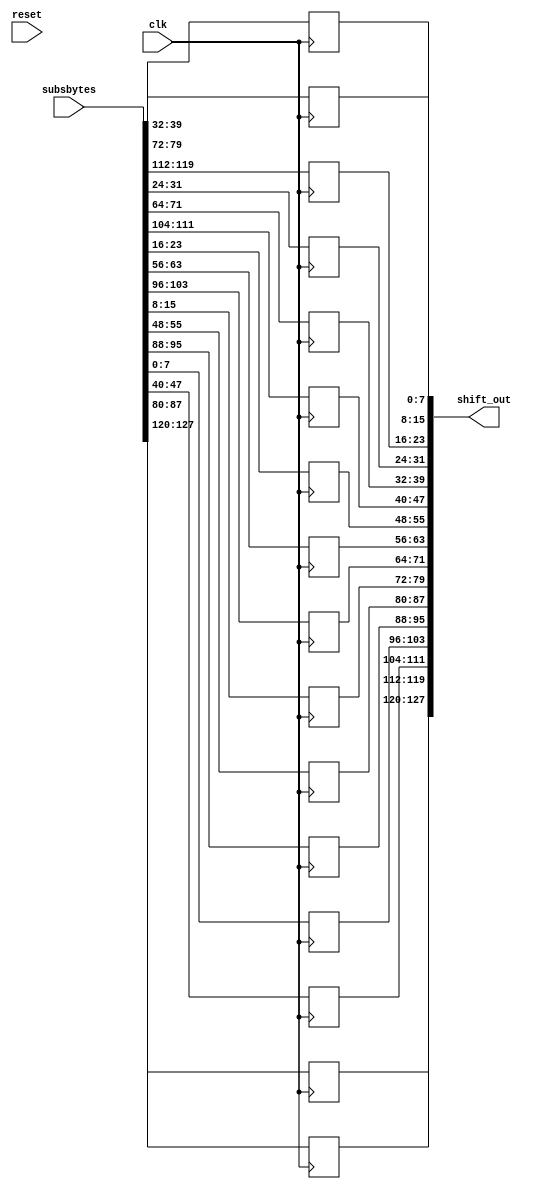
`timescale 1ns / 1ps
module shift_Rows(
    input [127:0] subsbytes,
    input clk,reset,
    output  [127:0] shift_out
    );
    wire[7:0]subsbytes_matrix[0:3][0:3];
    reg [7:0]shift_out_matrix[0:3][0:3];
    genvar i,k;
    generate 
            for(i=0;i<4;i=i+1)
            begin
                for(k=0;k<4;k=k+1)
                begin
                    assign subsbytes_matrix[k][i]=subsbytes[16*8-1-8*k-32*i:16*8-1-8*k-32*i-7];
                end
            end
    endgenerate
    integer carry;
    generate 
               for(i=0;i<4;i=i+1)
               begin
                   for(k=0;k<4;k=k+1)
                   begin
                        always @(posedge clk)
                        begin
                            if((k==1 && i==3) || (k==2 && i>1) || (k==3 && i>0))
                                shift_out_matrix[k][i]<=subsbytes[16*8-1-8*k-32*i-32*k+128:16*8-1-8*k-32*i-7-32*k+128];
                            else
                                shift_out_matrix[k][i]<=subsbytes[16*8-1-8*k-32*i-32*k:16*8-1-8*k-32*i-7-32*k];
                        end
                   end
               end
      endgenerate
    generate 
        for(i=0;i<4;i=i+1)
        begin
            for(k=0;k<4;k=k+1)
            begin
                assign  shift_out[16*8-1-8*k-32*i:16*8-1-8*k-32*i-7]=shift_out_matrix[k][i];
            end
        end
    endgenerate
endmodule